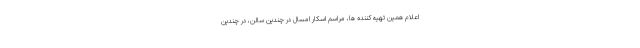
اعلام همین تهیه کننده ها، مراسم اسکار امسال در چندین سالن، در چندین